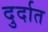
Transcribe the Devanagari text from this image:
दुर्दात